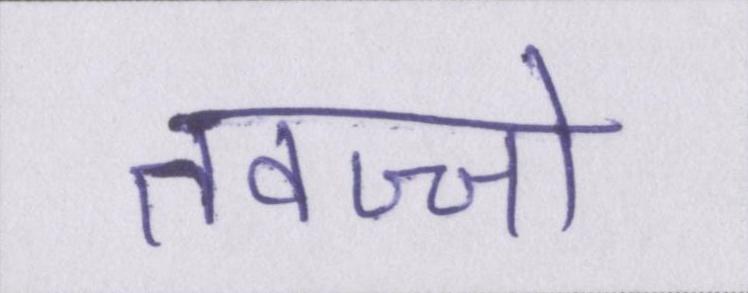
तवज्जो